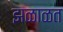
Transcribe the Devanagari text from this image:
झळाळत